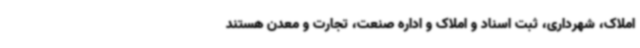
املاک، شهرداری، ثبت اسناد و املاک و اداره صنعت، تجارت و معدن هستند